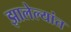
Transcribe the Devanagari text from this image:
झालेल्यांत